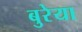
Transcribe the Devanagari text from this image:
बुरेया